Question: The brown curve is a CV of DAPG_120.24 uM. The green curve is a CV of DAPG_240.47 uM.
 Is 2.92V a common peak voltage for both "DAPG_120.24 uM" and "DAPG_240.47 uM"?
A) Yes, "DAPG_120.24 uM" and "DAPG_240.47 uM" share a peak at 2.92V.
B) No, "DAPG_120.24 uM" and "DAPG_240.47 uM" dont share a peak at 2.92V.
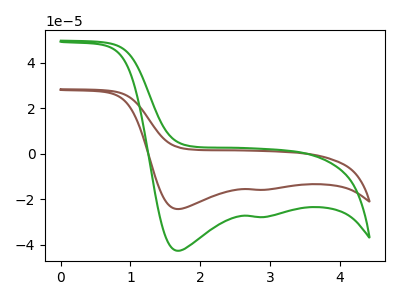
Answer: <think>The brown curve "DAPG_120.24 uM" has cathodic peaks at (1.65V, -24.30uA) (2.90V, -15.85uA). The green curve "DAPG_240.47 uM" has cathodic peaks at (1.65V, -42.60uA) (2.90V, -27.75uA).</think>
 <answer>A) Yes, "DAPG_120.24 uM" and "DAPG_240.47 uM" share a peak at 2.92V.</answer>
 <eval>A</eval>